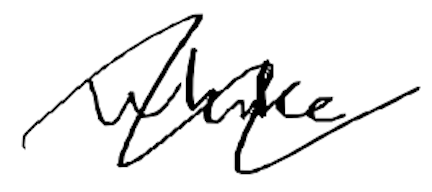
Text: while
Cross-out: wave
Writing tool: digital_black